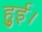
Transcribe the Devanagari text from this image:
हुुुुई।